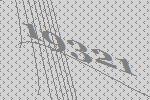
19321